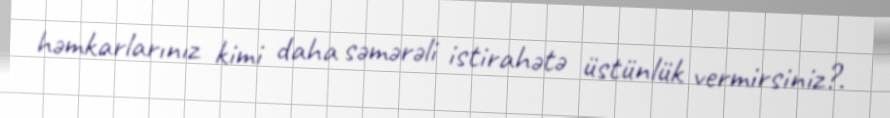
həmkarlarınız kimi daha səmərəli istirahətə üstünlük vermirsiniz?.